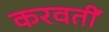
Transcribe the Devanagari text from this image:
करवतीं